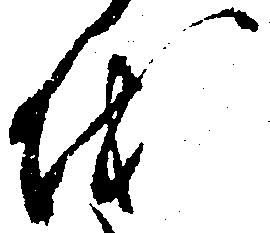
を